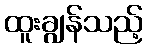
ထူးချွန်သည့်